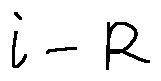
i - R